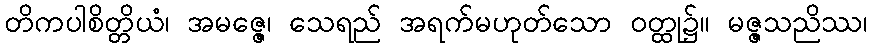
တိကပါစိတ္တိယံ၊ အမဇ္ဇေ၊ သေရည် အရက်မဟုတ်သော ဝတ္ထု၌။ မဇ္ဇသညိဿ၊